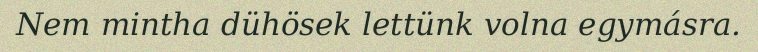
Nem mintha dühösek lettünk volna egymásra.